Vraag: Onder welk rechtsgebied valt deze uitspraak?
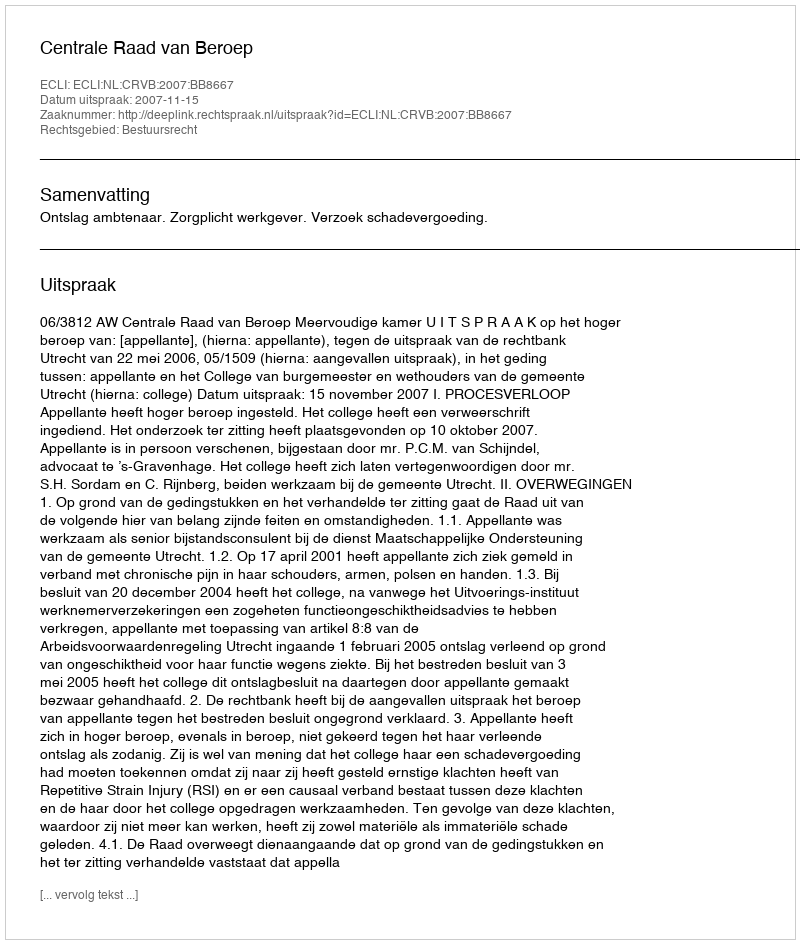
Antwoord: Bestuursrecht